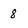
Character: 8